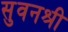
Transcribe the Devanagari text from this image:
सुवनश्री